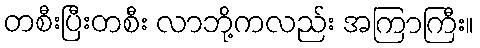
တစီးပြီးတစီး လာဘို့ကလည်း အကြာကြီး။